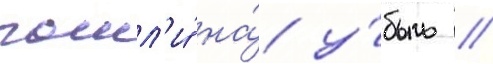
пошл'и́ на́ у́быль //